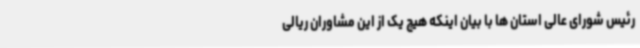
رئیس شورای عالی استان ها با بیان اینکه هیچ یک از این مشاوران ریالی